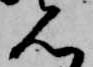
見